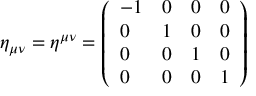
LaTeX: \eta _ { \mu \nu } = \eta ^ { \mu \nu } = { \left( \begin{array} { l l l l } { - 1 } & { 0 } & { 0 } & { 0 } \\ { 0 } & { 1 } & { 0 } & { 0 } \\ { 0 } & { 0 } & { 1 } & { 0 } \\ { 0 } & { 0 } & { 0 } & { 1 } \end{array} \right) }